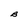
Character: B